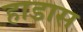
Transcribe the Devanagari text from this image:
हाडास